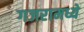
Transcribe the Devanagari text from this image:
गजरामध्ये